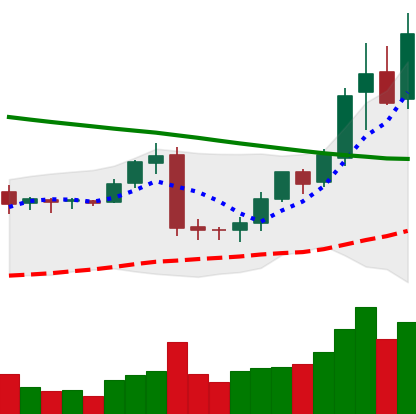
Ticker: BNB-USD
Chart end date: 2019-02-08
Forward return: 4.262%
Label: up_3_5